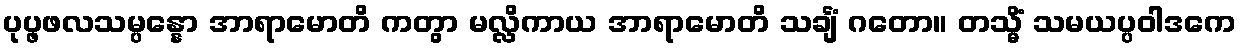
ပုပ္ဖဖလသမ္ပန္နော အာရာမောတိ ကတွာ မလ္လိကာယ အာရာမောတိ သင်္ချံ ဂတော။ တသ္မိံ သမယပ္ပဝါဒကေ